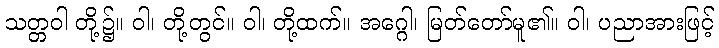
သတ္တဝါ တို့၌။ ဝါ၊ တို့တွင်။ ဝါ၊ တို့ထက်။ အဂ္ဂေါ၊ မြတ်တော်မူ၏။ ဝါ၊ ပညာအားဖြင့်